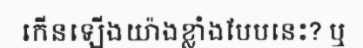
កើនឡើងយ៉ាងខ្លាំងបែបនេះ? ឬ